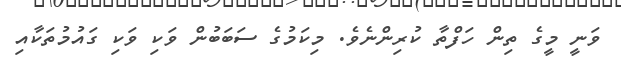
ވަނީ މީގެ ތިން ހަފްތާ ކުރިންނެވެ. މިކަމުގެ ސަބަބުން ވަކި ވަކި ގައުމުތަކާއި